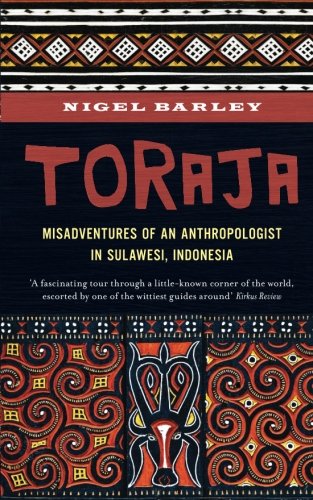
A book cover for Toraja: Misadventures of a Social Anthropologist in Sulawesi, Indonesia; Nigel Barley; Travel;